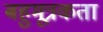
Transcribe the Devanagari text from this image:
बहुमूत्रकता